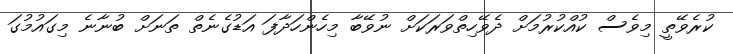
ކުރެވޭތީ މިވެސް ކުއްކުރުމަށް ދެވޭހިތްވަރަކަށް ނުވޭބާ މިހެންހަދާފަ އަޑުގެނެތް ތަނަށް ބުނާނެ މިގައުމުގަ